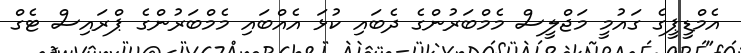
އެމްޑީޕީގެ ގައުމީ މަޖްލީސް މެމްބަރުންގެ ދެބައި ކުޅަ އެއްބައި މެމްބަރުންގެ ޕްރައިސް ޓެގް